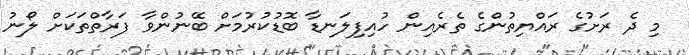
މި ދެ ރަށުގެ ރައްޔިތުންގެ ތެރެއިން ހުއިފިލަނޑާ ބޮޑުކުރުމަށް ބޭނުންވާ ފަރާތްތަކަށް ލޯނު